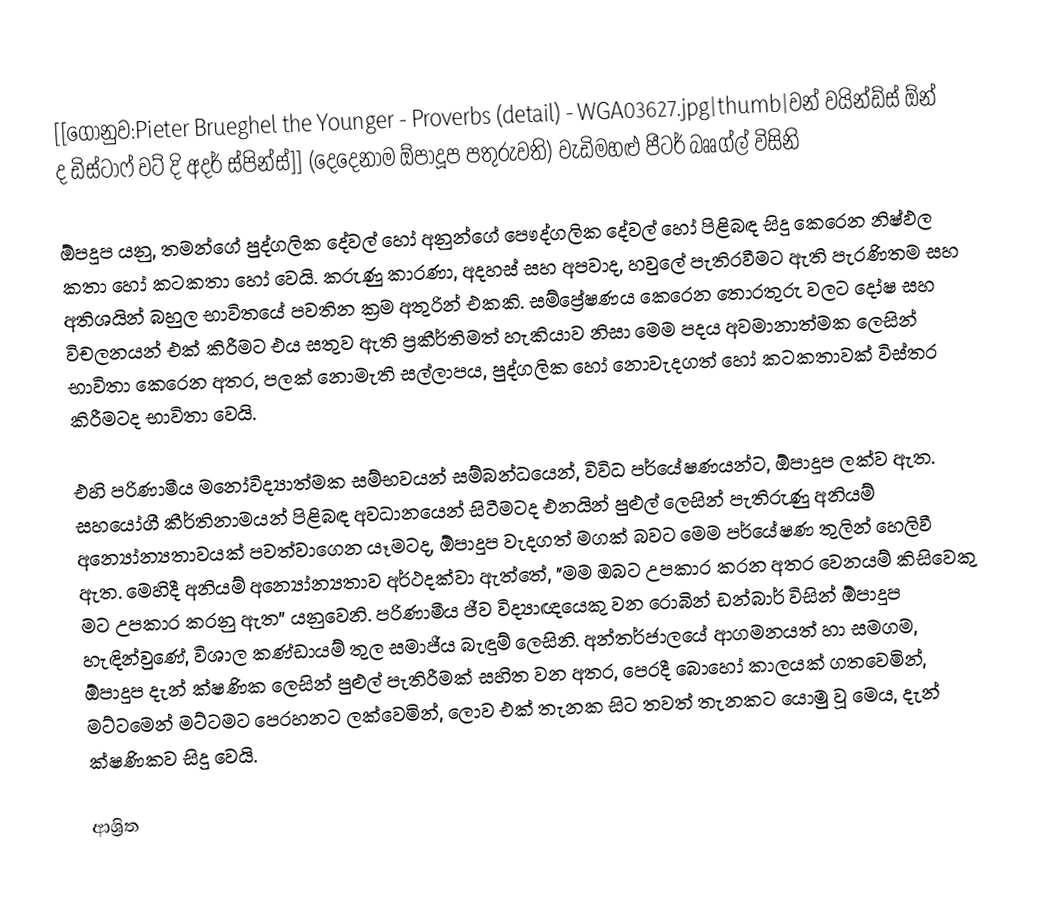
[[ගොනුව:Pieter Brueghel the Younger - Proverbs (detail) - WGA03627.jpg|thumb|වන් වයින්ඩ්ස් ඕන් ද ඩිස්ටාෆ් වට් දි අදර් ස්පින්ස්]] (දෙදෙනාම ඕපාදූප පතුරුවති) වැඩිමහළු පීටර් බෲග්ල් විසිනි

ඕපදූප යනු, තමන්ගේ පුද්ගලික දේවල් හෝ  අනුන්ගේ පෞද්ගලික දේවල් හෝ පිළිබඳ සිදු කෙරෙන නිෂ්ඵල කතා හෝ  කටකතා හෝ වෙයි. කරුණු කාරණා, අදහස් සහ අපවාද, හවුලේ පැතිරවීමට ඇති පැරණිතම සහ අතිශයින් බහුල භාවිතයේ පවතින ක්‍රම අතුරින් එකකි. සම්ප්‍රේෂණය කෙරෙන තොරතුරු වලට දෝෂ සහ විචලනයන් එක් කිරීමට එය සතුව ඇති ප්‍රකීර්තිමත් හැකියාව නිසා මෙම පදය අවමානාත්මක ලෙසින් භාවිතා කෙරෙන අතර, පලක් නොමැති සල්ලාපය, පුද්ගලික හෝ නොවැදගත් හෝ කටකතාවක් විස්තර කිරීමටද භාවිතා වෙයි.

එහි  පරිණාමීය මනෝවිද්‍යාත්මක සම්භවයන් සම්බන්ධයෙන්, විවිධ  පර්යේෂණයන්ට,  ඕපාදූප ලක්ව ඇත.  සහයෝගී කීර්තිනාමයන් පිළිබඳ අවධානයෙන් සිටීමටද එනයින් පුළුල් ලෙසින් පැතිරුණු   අනියම් අන්‍යෝන්‍යතාවයක් පවත්වාගෙන යෑමටද, ඕපාදූප වැදගත් මගක් බවට මෙම පර්යේෂණ තුලින් හෙලිවී ඇත.  මෙහිදී අනියම් අන්‍යෝන්‍යතාව අර්ථදක්වා ඇත්තේ, "මම ඔබට උපකාර කරන අතර වෙනයම් කිසිවෙකු මට උපකාර කරනු ඇත” යනුවෙනි. පරිණාමීය ජීව විද්‍යාඥයෙකු වන රොබින් ඩන්බාර් විසින් ඕපාදූප හැඳින්වුණේ, විශාල කණ්ඩායම් තුල සමාජීය බැඳුම් ලෙසිනි.  අන්තර්ජාලයේ ආගමනයත් හා සමගම, ඕපාදූප දැන් ක්ෂණික ලෙසින් පුළුල් පැතිරීමක් සහිත වන අතර, පෙරදී බොහෝ කාලයක් ගතවෙමින්, මට්ටමෙන් මට්ටමට පෙරහනට ලක්වෙමින්, ලොව එක් තැනක සිට තවත් තැනකට යොමු වූ මෙය, දැන් ක්ෂණිකව සිදු වෙයි.

ආශ්‍රිත